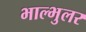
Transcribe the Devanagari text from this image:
भाल्भुलर